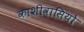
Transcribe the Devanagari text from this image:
काशीवासियो